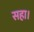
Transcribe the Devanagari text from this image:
सहा।